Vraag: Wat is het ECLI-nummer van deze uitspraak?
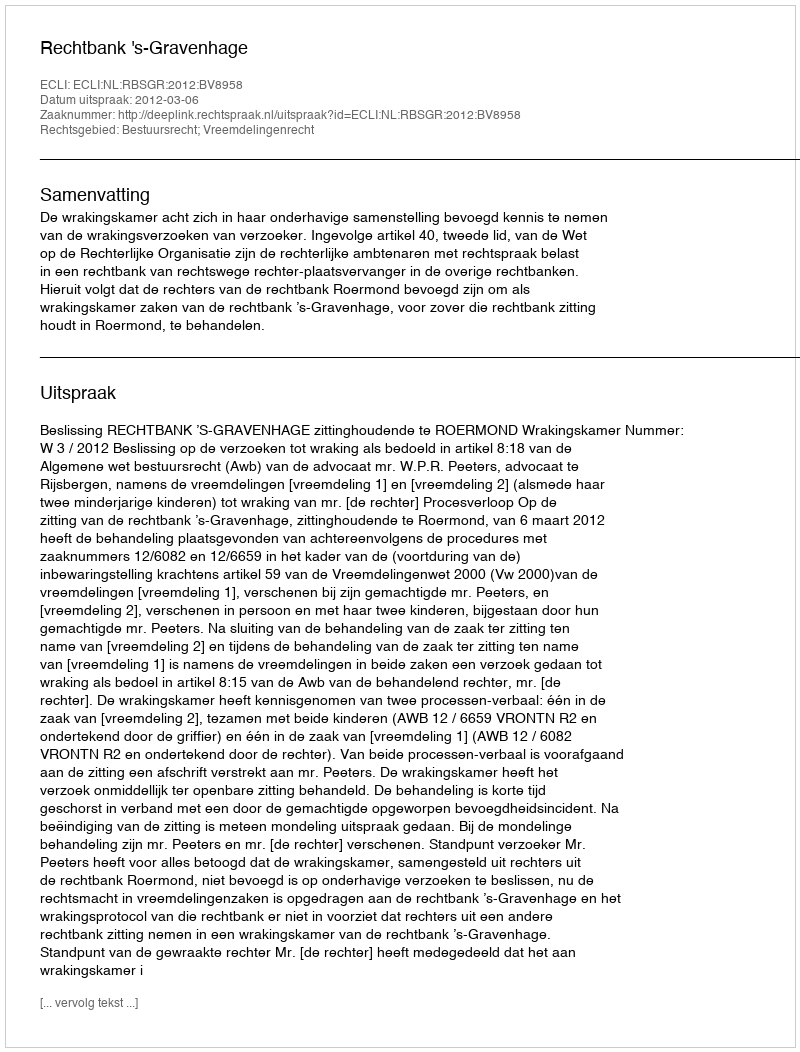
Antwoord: ECLI:NL:RBSGR:2012:BV8958